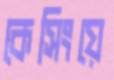
কেসিংয়ে